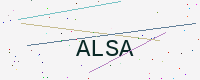
Text: ALSA